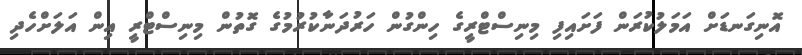
އޮނިގަނޑަށް އަމަލުކުރަން ފަށައިފި މިނިސްޓްރީގެ ހިންގުން ހަރުދަނާކުރުމުގެ ގޮތުން މިނިސްޓްރީ އިން އަލަށްހެދި